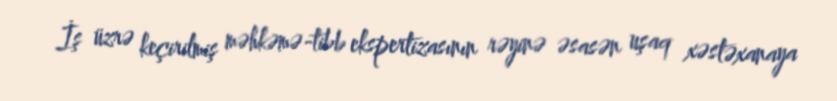
İş üzrə keçirilmiş məhkəmə-tibb ekspertizasının rəyinə əsasən uşaq xəstəxanaya